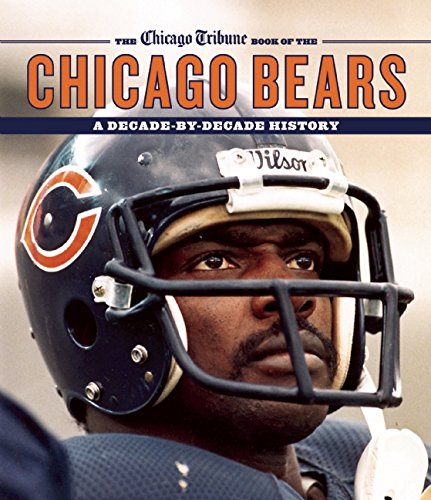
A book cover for The Chicago Tribune Book of the Chicago Bears: A Decade-By-Decade History; Chicago Tribune Staff; Arts & Photography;